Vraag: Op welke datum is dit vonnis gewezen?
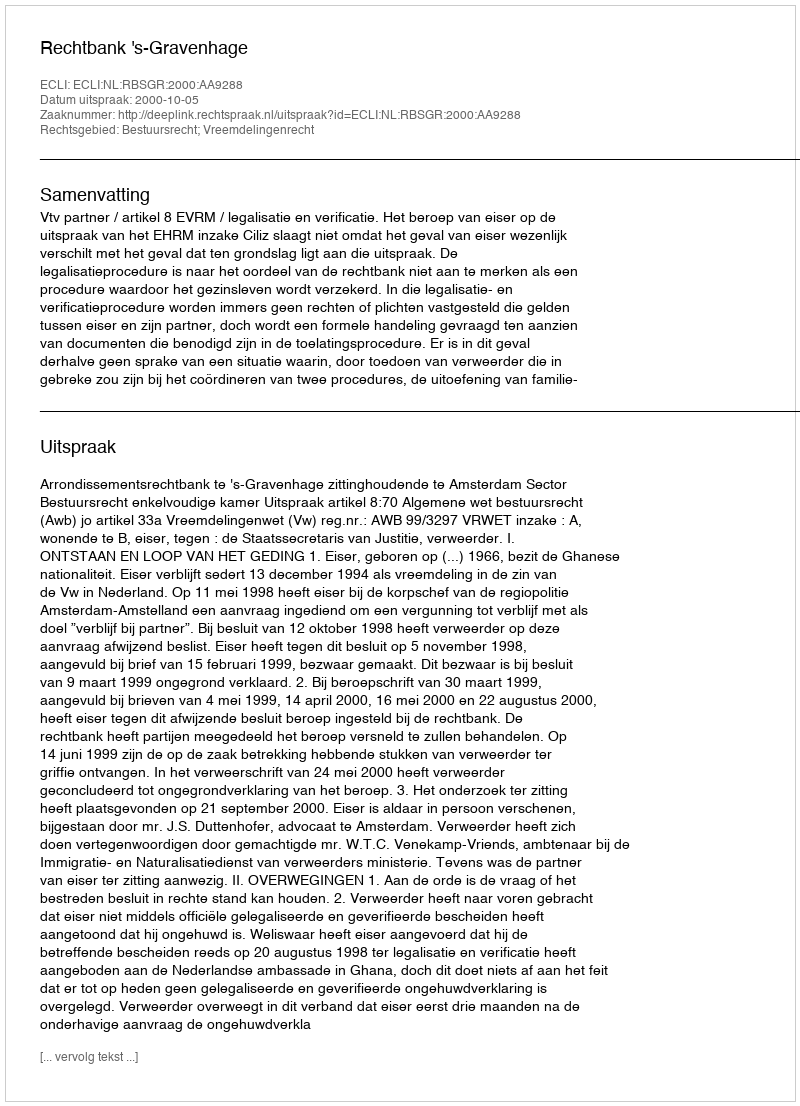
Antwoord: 2000-10-05